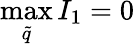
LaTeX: \operatorname*{max}_{\tilde{q}}{I_{1}}=0